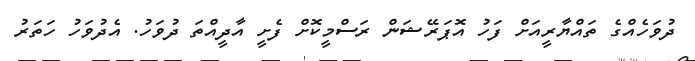
ދުވަހެއްގެ ތައްޔާރީއަށް ފަހު އޮޕަރޭޝަން ރަސްމީކޮށް ފެށީ އާދީއްތަ ދުވަހު. އެދުވަހު ހަތަރު